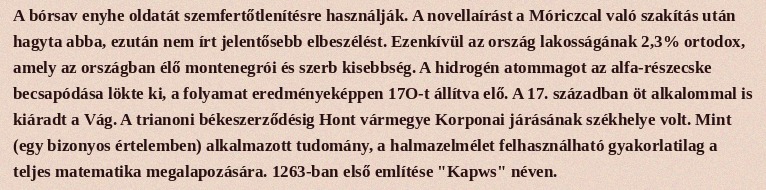
A bórsav enyhe oldatát szemfertőtlenítésre használják. A novellaírást a Móriczcal való szakítás után hagyta abba, ezután nem írt jelentősebb elbeszélést. Ezenkívül az ország lakosságának 2,3% ortodox, amely az országban élő montenegrói és szerb kisebbség. A hidrogén atommagot az alfa-részecske becsapódása lökte ki, a folyamat eredményeképpen 17O-t állítva elő. A 17. században öt alkalommal is kiáradt a Vág. A trianoni békeszerződésig Hont vármegye Korponai járásának székhelye volt. Mint (egy bizonyos értelemben) alkalmazott tudomány, a halmazelmélet felhasználható gyakorlatilag a teljes matematika megalapozására. 1263-ban első említése "Kapws" néven.